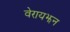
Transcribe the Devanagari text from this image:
वेरायझन